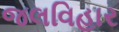
જલવિહાર